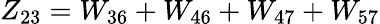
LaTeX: Z_{23}=W_{36}+W_{46}+W_{47}+W_{57}